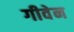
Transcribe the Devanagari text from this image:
गीवेन